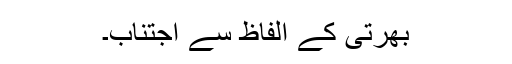
بھرتی کے الفاظ سے اجتناب۔